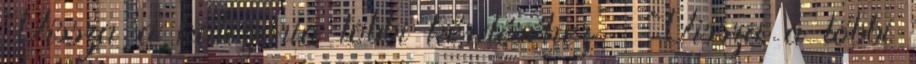
Vissza a kategória többi kérdéséhez » Vissza a többi